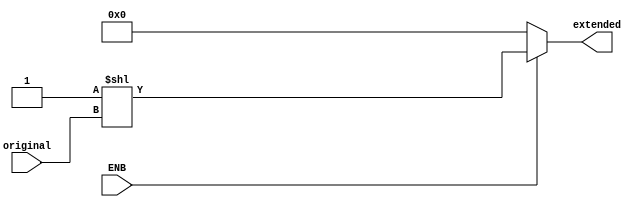
module Decode_3_8 (ENB, original, extended);

	input ENB;
	input [2:0] original;
	output reg [7:0] extended;	// [0:7] on instruction?
	
	always@(ENB or original) begin
		if (ENB == 1'b1) begin
			extended	= 8'b00000001 << original;
		end else begin
			extended = 8'b00000000;
		end		
	end

endmodule